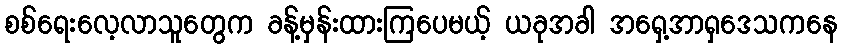
စစ်ရေးလေ့လာသူတွေက ခန့်မှန်းထားကြပေမယ့် ယခုအခါ အရှေ့အာရှဒေသကနေ